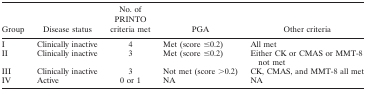
<table><thead><tr><td><b>Group</b></td><td><b>Disease status</b></td><td><b>No. of PRINTO criteria met</b></td><td><b>PGA</b></td><td><b>Other criteria</b></td></tr></thead><tbody><tr><td>I</td><td>Clinically inactive</td><td>4</td><td>Met (score ≤0.2)</td><td>All met</td></tr><tr><td>II</td><td>Clinically inactive</td><td>3</td><td>Met (score ≤0.2)</td><td>Either CK or CMAS or MMT‐8 not met</td></tr><tr><td>III</td><td>Clinically inactive</td><td>3</td><td>Not met (score &gt;0.2)</td><td>CK, CMAS, and MMT‐8 all met</td></tr><tr><td>IV</td><td>Active</td><td>0 or 1</td><td>NA</td><td>NA</td></tr></tbody></table>